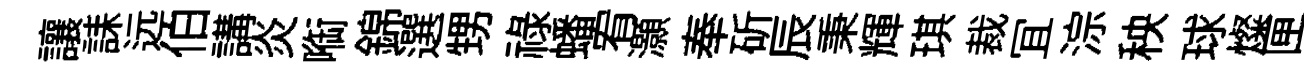
讓誄远伯講炎㗸錦選甥禄蟠宥灝奉斫辰秉輝琪裁冝淙秧球燦匣